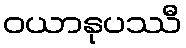
ဝယာနုပဿီ